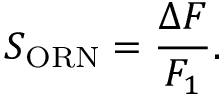
S _ { \mathrm { O R N } } = \frac { \Delta F } { F _ { 1 } } .